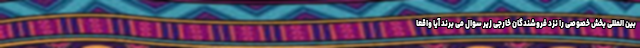
بین المللی بخش خصوصی را نزد فروشندگان خارجی زیر سوال می برند آیا واقعا